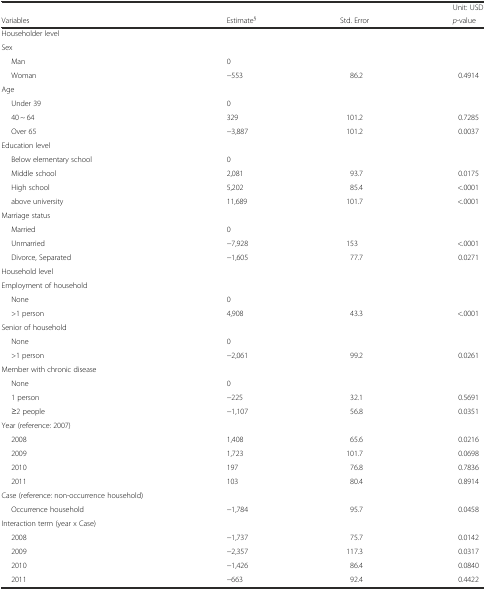
<table><thead><tr><td></td><td></td><td></td><td><b>Unit: USD</b></td></tr><tr><td><b>Variables</b></td><td><b>Estimate<sup>§</sup></b></td><td><b>Std. Error</b></td><td><b><i>p</i>-value</b></td></tr></thead><tbody><tr><td>Householder level</td><td colspan="3"></td></tr><tr><td>Sex</td><td></td><td></td><td></td></tr><tr><td>Man</td><td>0</td><td></td><td></td></tr><tr><td>Woman</td><td>−553</td><td>86.2</td><td>0.4914</td></tr><tr><td>Age</td><td></td><td></td><td></td></tr><tr><td>Under 39</td><td>0</td><td></td><td></td></tr><tr><td>40 ~ 64</td><td>329</td><td>101.2</td><td>0.7285</td></tr><tr><td>Over 65</td><td>−3,887</td><td>101.2</td><td>0.0037</td></tr><tr><td>Education level</td><td></td><td></td><td></td></tr><tr><td>Below elementary school</td><td>0</td><td></td><td></td></tr><tr><td>Middle school</td><td>2,081</td><td>93.7</td><td>0.0175</td></tr><tr><td>High school</td><td>5,202</td><td>85.4</td><td>&lt;.0001</td></tr><tr><td>above university</td><td>11,689</td><td>101.7</td><td>&lt;.0001</td></tr><tr><td>Marriage status</td><td></td><td></td><td></td></tr><tr><td>Married</td><td>0</td><td></td><td></td></tr><tr><td>Unmarried</td><td>−7,928</td><td>153</td><td>&lt;.0001</td></tr><tr><td>Divorce, Separated</td><td>−1,605</td><td>77.7</td><td>0.0271</td></tr><tr><td>Household level</td><td colspan="3"></td></tr><tr><td>Employment of household</td><td></td><td></td><td></td></tr><tr><td>None</td><td>0</td><td></td><td></td></tr><tr><td>&gt;1 person</td><td>4,908</td><td>43.3</td><td>&lt;.0001</td></tr><tr><td>Senior of household</td><td></td><td></td><td></td></tr><tr><td>None</td><td>0</td><td></td><td></td></tr><tr><td>&gt;1 person</td><td>−2,061</td><td>99.2</td><td>0.0261</td></tr><tr><td>Member with chronic disease</td><td></td><td></td><td></td></tr><tr><td>None</td><td>0</td><td></td><td></td></tr><tr><td>1 person</td><td>−225</td><td>32.1</td><td>0.5691</td></tr><tr><td>≥2 people</td><td>−1,107</td><td>56.8</td><td>0.0351</td></tr><tr><td>Year (reference: 2007)</td><td></td><td></td><td></td></tr><tr><td>2008</td><td>1,408</td><td>65.6</td><td>0.0216</td></tr><tr><td>2009</td><td>1,723</td><td>101.7</td><td>0.0698</td></tr><tr><td>2010</td><td>197</td><td>76.8</td><td>0.7836</td></tr><tr><td>2011</td><td>103</td><td>80.4</td><td>0.8914</td></tr><tr><td>Case (reference: non-occurrence household)</td><td></td><td></td><td></td></tr><tr><td>Occurrence household</td><td>−1,784</td><td>95.7</td><td>0.0458</td></tr><tr><td>Interaction term (year x Case)</td><td></td><td></td><td></td></tr><tr><td>2008</td><td>−1,737</td><td>75.7</td><td>0.0142</td></tr><tr><td>2009</td><td>−2,357</td><td>117.3</td><td>0.0317</td></tr><tr><td>2010</td><td>−1,426</td><td>86.4</td><td>0.0840</td></tr><tr><td>2011</td><td>−663</td><td>92.4</td><td>0.4422</td></tr></tbody></table>